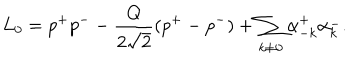
LaTeX: L _ { 0 } = p ^ { + } p ^ { - } - \frac { Q } { 2 \sqrt { 2 } } ( p ^ { + } - p ^ { - } ) + \sum _ { k \ne 0 } \alpha _ { - k } ^ { + } \alpha _ { k } ^ { - } .